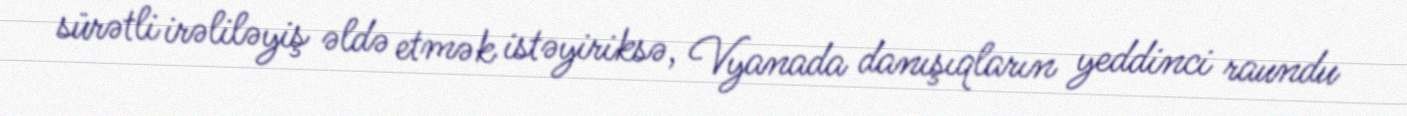
sürətli irəliləyiş əldə etmək istəyiriksə, Vyanada danışıqların yeddinci raundu